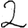
Digit: 2